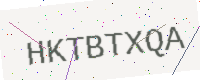
Text: HKTBTXQA